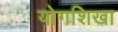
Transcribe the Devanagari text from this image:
योगशिखा